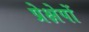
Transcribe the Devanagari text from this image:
प्रेक्षेपों